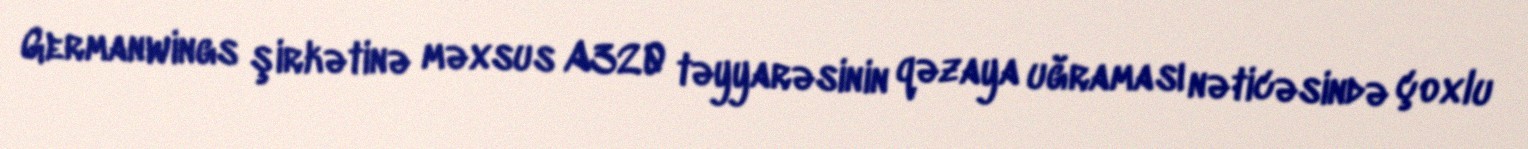
Germanwings şirkətinə məxsus A320 təyyarəsinin qəzaya uğraması nəticəsində çoxlu